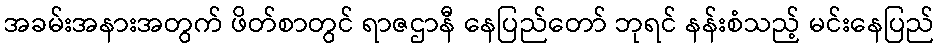
အခမ်းအနားအတွက် ဖိတ်စာတွင် ရာဇဌာနီ နေပြည်တော် ဘုရင် နန်းစံသည့် မင်းနေပြည်